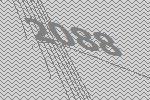
2088